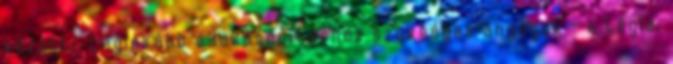
közötti. Leginkább a lakásépítéshez szükséges anyagok - a tégla,